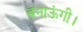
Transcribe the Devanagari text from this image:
बनाऊंगी।